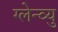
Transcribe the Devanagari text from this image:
ग्लेन्व्यु